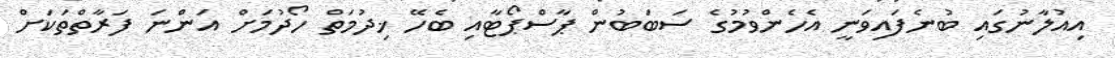
އިއުލާނުގައި ބުނެފައިވަނީ އެހެންވުމުގެ ސަބަބުން ޕާސްޕޯޓާއި ބެހޭ ޚިދުމަތް ހޯދުމަށް އަންނަ ފަރާތްތަކަށް